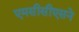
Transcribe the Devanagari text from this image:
एमसीसीएसने